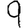
Digit: 9